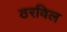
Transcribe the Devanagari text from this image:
ठरविल